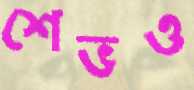
শেভও